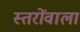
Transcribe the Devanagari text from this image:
स्तरोंवाला